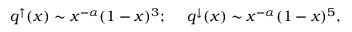
\begin{array} { c l c r } { { q ^ { \uparrow } ( x ) \sim x ^ { - \alpha } ( 1 - x ) ^ { 3 } ; ~ ~ ~ ~ q ^ { \downarrow } ( x ) \sim x ^ { - \alpha } ( 1 - x ) ^ { 5 } , } } \end{array}